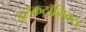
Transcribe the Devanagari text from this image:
इलेकट्रॉनिक्स